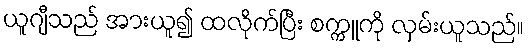
ယူဂျီသည် အားယူ၍ ထလိုက်ပြီး စက္ကူကို လှမ်းယူသည်။